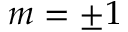
m = \pm 1